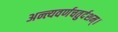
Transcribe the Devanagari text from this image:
अन्त्यवर्णचतुर्दशम्।